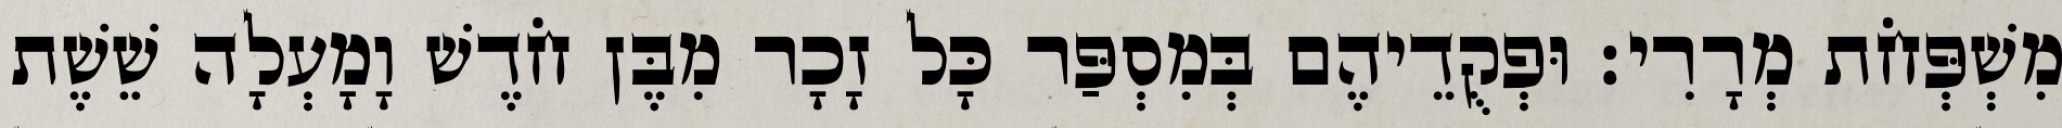
מִשְׁפְּחֹת מְרָרִי׃ וּפְקֻדֵיהֶם בְּמִסְפַּר כָּל זָכָר מִבֶּן חֹדֶשׁ וָמָעְלָה שֵׁשֶׁת